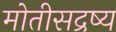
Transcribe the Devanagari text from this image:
मोतीसद्रष्य